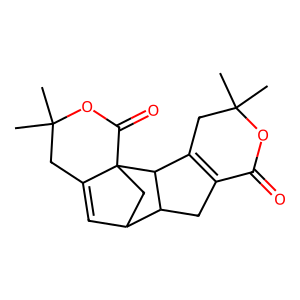
SMILES: CC1(C)CC2=C(CC3C4C=C5CC(C)(C)OC(=O)C5(C4)C23)C(=O)O1
Inhibits HIV replication: No